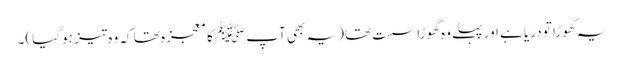
یہ گھوڑا تو دریا ہے اور پہلے وہ گھوڑا سست تھا (یہ بھی آپﷺ کا معجزہ تھا کہ وہ تیز ہو گیا)۔